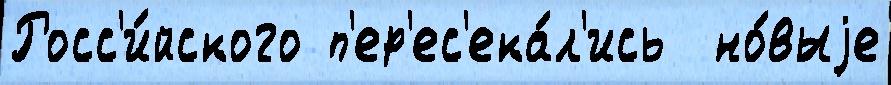
Росс'и́йского п'ер'ес'ека́л'ись  но́выjе